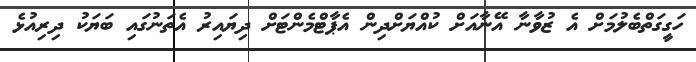
ހަގީގަތްބެލުމަށް އެ ޒުވާނާ އޭނާއަށް ކުއްޔަށްދިން އެޕާޓްމެންޓަށް ދިޔައިރު އެތަނުގައި ބަޔަކު ދިރިއުޅެ